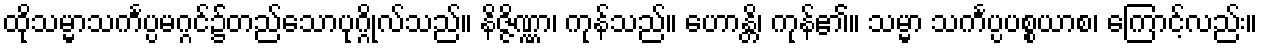
ထိုသမ္မာသင်္ကပ္ပမဂ္ဂင်၌တည်သောပုဂ္ဂိုလ်သည်။ နိဇ္ဇိဏ္ဏာ၊ ကုန်သည်။ ဟောန္တိ၊ ကုန်၏။ သမ္မာ သင်္ကပ္ပပစ္စယာစ၊ ကြောင့်လည်း။